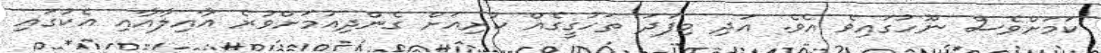
ކަމަަށްވެސް ނޫހުގައިވެ އެވެ. އަދި މިފަދަ ތަހުގީގެއް ކުރިއަށް ގެންދިއުމަށްވުރެ އާއިލާއާއި އެކުގައި